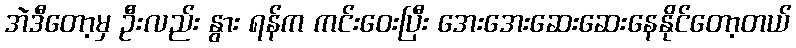
အဲဒီတော့မှ ဦးလည်း နွား ရန်က ကင်းဝေးပြီး အေးအေးဆေးဆေးနေနိုင်တော့တယ်